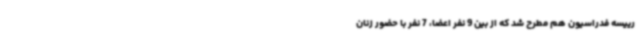
رییسه فدراسیون هم مطرح شد که از بین 9 نفر اعضا، 7 نفر با حضور زنان